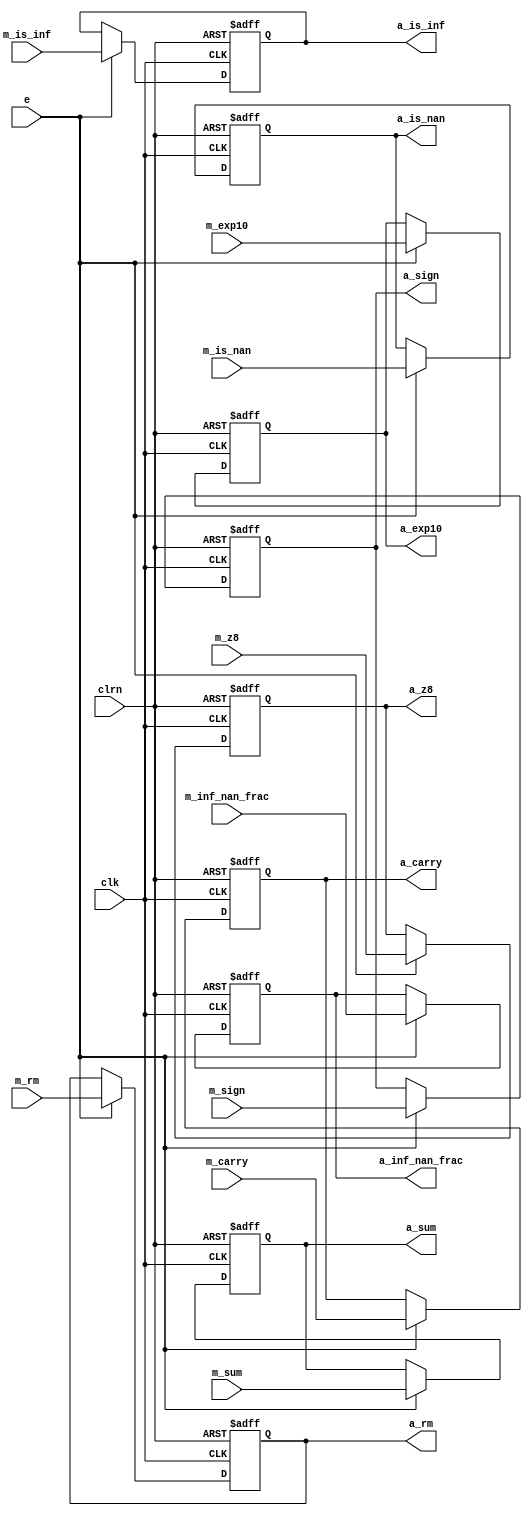
/************************************************
  The Verilog HDL code example is from the book
  Computer Principles and Design in Verilog HDL
  by Yamin Li, published by A JOHN WILEY & SONS
************************************************/
module reg_mul_add (m_rm,m_sign,m_exp10,m_is_nan,m_is_inf,m_inf_nan_frac,
                    m_sum,m_carry,m_z8,clk,clrn,e,a_rm,a_sign,a_exp10,
                    a_is_nan,a_is_inf,a_inf_nan_frac,a_sum,a_carry,a_z8);
    input      [39:0] m_sum;                            // partial mul stage
    input      [39:0] m_carry;
    input      [22:0] m_inf_nan_frac;
    input       [9:0] m_exp10;
    input       [7:0] m_z8;
    input       [1:0] m_rm;
    input             m_sign;
    input             m_is_nan;
    input             m_is_inf;
    input             e;                                // enable
    input             clk, clrn;                        // clock and reset
    output reg [39:0] a_sum;                            // addition stage
    output reg [39:0] a_carry;
    output reg [22:0] a_inf_nan_frac;
    output reg  [9:0] a_exp10;
    output reg  [7:0] a_z8;
    output reg  [1:0] a_rm;
    output reg        a_sign;
    output reg        a_is_nan;
    output reg        a_is_inf;
    always @ (posedge clk or negedge clrn) begin
        if (!clrn) begin
            a_rm           <= 0;
            a_sign         <= 0;
            a_exp10        <= 0;
            a_is_nan       <= 0;
            a_is_inf       <= 0;
            a_inf_nan_frac <= 0;
            a_sum          <= 0;
            a_carry        <= 0;
            a_z8           <= 0;
        end else if (e) begin
            a_rm           <= m_rm;
            a_sign         <= m_sign;
            a_exp10        <= m_exp10;
            a_is_nan       <= m_is_nan;
            a_is_inf       <= m_is_inf;
            a_inf_nan_frac <= m_inf_nan_frac;
            a_sum          <= m_sum;
            a_carry        <= m_carry;
            a_z8           <= m_z8;
        end
    end
endmodule